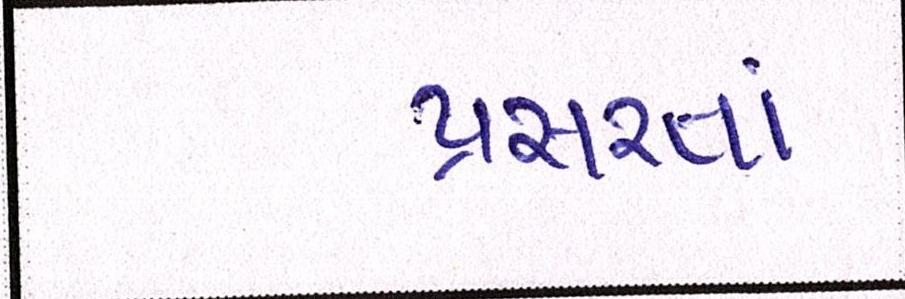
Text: પ્રસરતાં